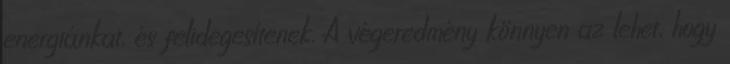
energiánkat, és felidegesítenek. A végeredmény könnyen az lehet, hogy